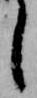
し